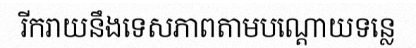
រីករាយនឹងទេសភាពតាមបណ្តោយទន្លេ